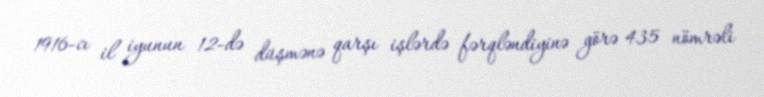
1916-cı il iyunun 12-də düşmənə qarşı işlərdə fərqləndiyinə görə 435 nömrəli